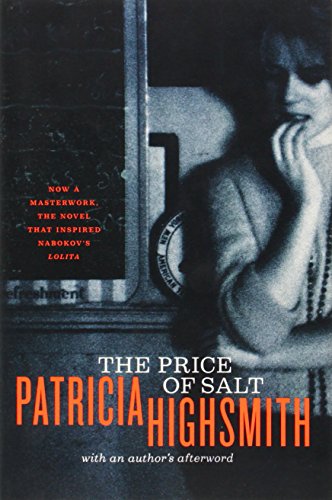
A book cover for The Price of Salt, or Carol; Patricia Highsmith; Mystery, Thriller & Suspense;